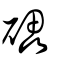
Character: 礧